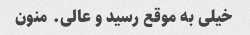
خیلی به موقع رسید و عالی. منون